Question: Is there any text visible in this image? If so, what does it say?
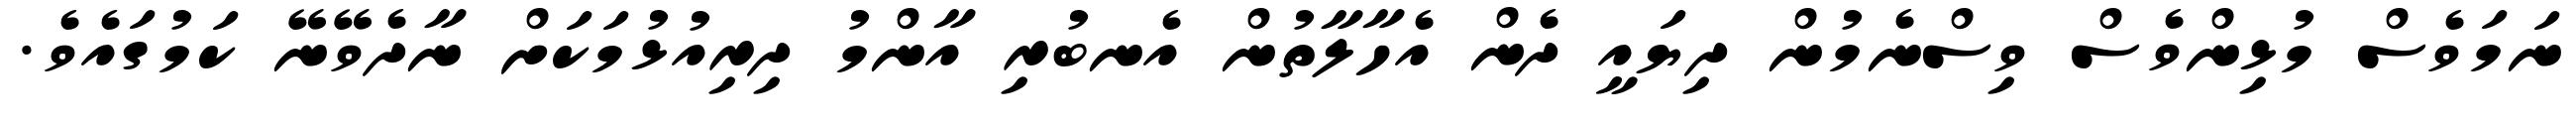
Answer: ނަމަވެސް މުޅިންވެސް ވިސްނެމުން ދިޔައީ ދެން އެހާލާތުން އެނބުރި އާންމު ދިރިއުޅުމަކަށް ނާދެވޭނޭ ކަމުގައެވެ.